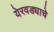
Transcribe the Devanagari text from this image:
येरवड्याचे